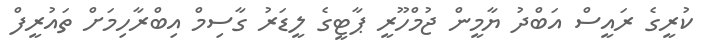
ކުރީގެ ރައީސް އަބްދު ޔާމީން ޖުމްހޫރީ ޕާޓީގެ ލީޑަރު ގާސިމް އިބްރާހިމަށް ތައުރީފް